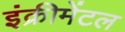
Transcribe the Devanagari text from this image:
इंक्रीमेंटल